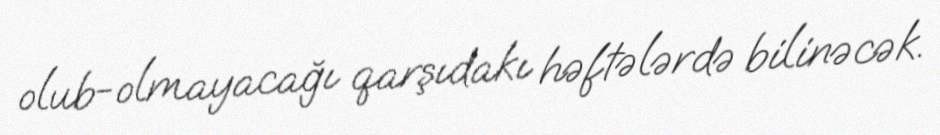
olub-olmayacağı qarşıdakı həftələrdə bilinəcək.